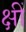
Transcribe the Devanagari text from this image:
क्षीं